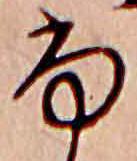
ふ